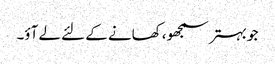
جو بہتر سمجھو، کھانے کے لئے لے آؤ۔